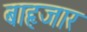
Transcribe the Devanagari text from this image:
बाहृजार